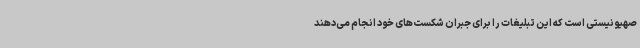
صهیونیستی است که این تبلیغات را برای جبران شکست‌های خود انجام می‌دهند